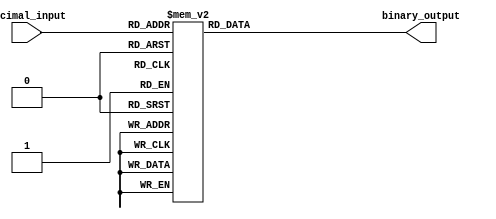
module DecimalToBinaryEncoder (
    input wire [3:0] decimal_input,  // 4-bit decimal input
    output reg [3:0] binary_output    // 4-bit binary output
);

// Always block to monitor the decimal input
always @(*) begin
    case (decimal_input)
        4'b0000: binary_output = 4'b0000; // 0
        4'b0001: binary_output = 4'b0001; // 1
        4'b0010: binary_output = 4'b0010; // 2
        4'b0011: binary_output = 4'b0011; // 3
        4'b0100: binary_output = 4'b0100; // 4
        4'b0101: binary_output = 4'b0101; // 5
        4'b0110: binary_output = 4'b0110; // 6
        4'b0111: binary_output = 4'b0111; // 7
        4'b1000: binary_output = 4'b1000; // 8
        4'b1001: binary_output = 4'b1001; // 9
        default: binary_output = 4'b0000;  // Default case for invalid input
    endcase
end

endmodule